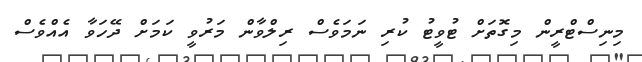
މިނިސްޓްރީން މިގޮތަށް ޓުވީޓު ކުރި ނަމަވެސް ރިލްވާން މަރުވީ ކަމަށް ދޭހަވާ އެއްވެސް